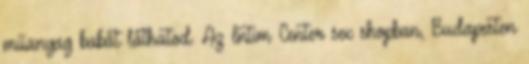
műanyag babát láthatod. Az Intim Center sex shopban, Budapesten